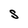
Character: S